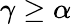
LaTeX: \gamma\geq\alpha